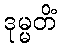
ဒုမ္မတိံ